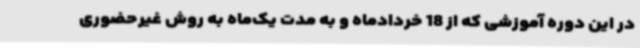
در این دوره آموزشی که از 18 خردادماه و به مدت یک‌ماه به روش غیرحضوری